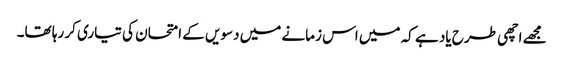
مجھے اچھی طرح یاد ہے کہ میں اس زمانے میں دسویں کے امتحان کی تیاری کر رہا تھا۔